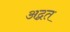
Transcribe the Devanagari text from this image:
अद्वत